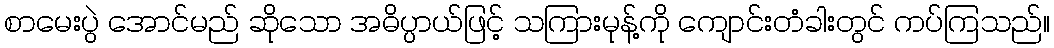
စာမေးပွဲ အောင်မည် ဆိုသော အဓိပ္ပာယ်ဖြင့် သကြားမုန့်ကို ကျောင်းတံခါးတွင် ကပ်ကြသည်။